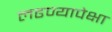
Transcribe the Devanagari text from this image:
लढण्यापेक्षा